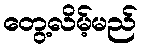
တွေ့လိမ့်မည်